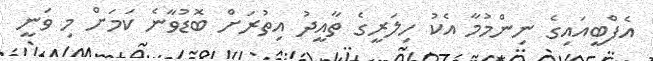
އެފްބީއައިގެ ނިންމުމާ އެކު ހިލަރީގެ ތާއީދު އިތުރަށް ބޮޑުވާނެ ކަމަށް މި ވަނީ